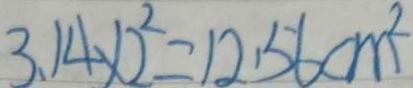
3 . 1 4 \times 2 ^ { 2 } = 1 2 . 5 6 c m ^ { 2 }